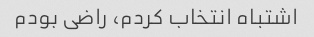
اشتباه انتخاب کردم، راضی بودم